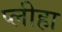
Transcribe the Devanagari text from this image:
प्‍लीहा